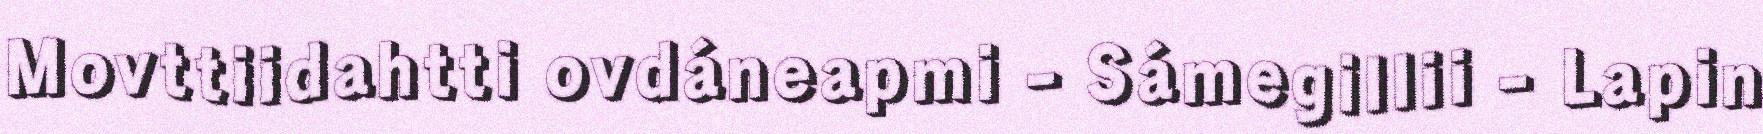
Movttiidahtti ovdáneapmi - Sámegillii - Lapin